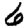
Digit: 6